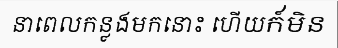
នាពេលកន្លងមកនោះ ហើយក៍មិន